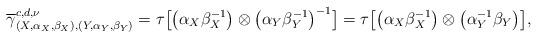
LaTeX: \begin{gather*}\overline{\gamma }_{( X,\alpha _{X},\beta _{X}) ,( Y,\alpha_{Y},\beta _{Y}) }^{{c,d,\nu}}=\tau \big[ \big( \alpha _{X}\beta_{X}^{-1}\big) \otimes \big( \alpha _{Y}\beta _{Y}^{-1}\big) ^{-1}\big] =\tau \big[ \big( \alpha _{X}\beta _{X}^{-1}\big) \otimes \big(\alpha _{Y}^{-1}\beta _{Y}\big) \big] ,\end{gather*}